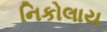
નિકોલાય